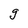
Character: g